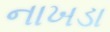
નાખડા